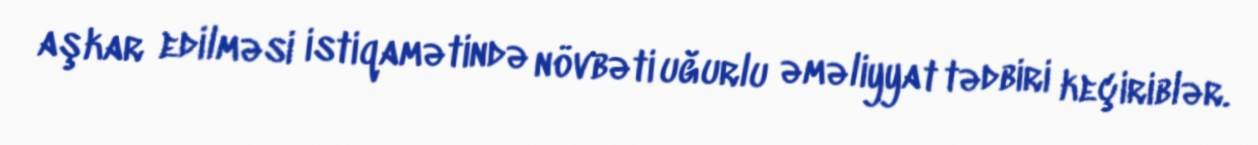
aşkar edilməsi istiqamətində növbəti uğurlu əməliyyat tədbiri keçiriblər.